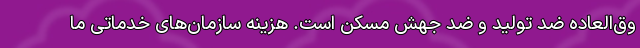
وق‌العاده ضد تولید و ضد جهش مسکن است. هزینه سازمان‌های خدماتی ما